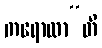
ကရောထာ”တိ